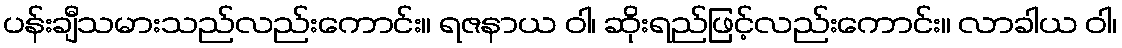
ပန်းချီသမားသည်လည်းကောင်း။ ရဇနာယ ဝါ၊ ဆိုးရည်ဖြင့်လည်းကောင်း။ လာခါယ ဝါ၊